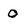
Character: 0